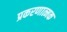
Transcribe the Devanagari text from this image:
प्रकरणात्मक